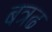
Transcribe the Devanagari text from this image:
बत्रढ